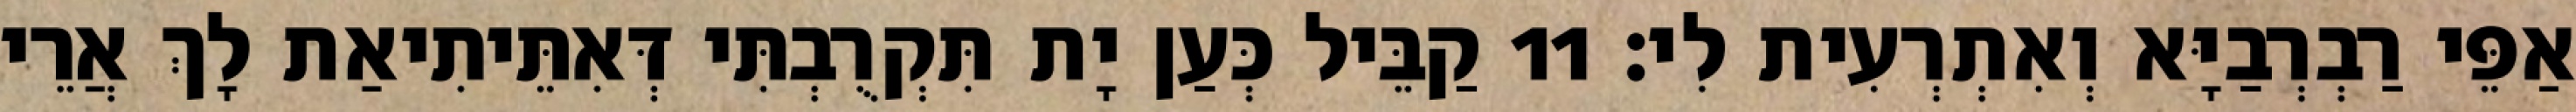
אַפֵּי רַבְרְבַיָּא וְאִתְרְעִית לִי׃ 11 קַבֵּיל כְּעַן יָת תִּקְרֻבְתִּי דְּאִתֵּיתִיאַת לָךְ אֲרֵי